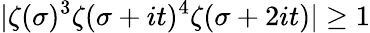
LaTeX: |\zeta(\sigma)^{3}\zeta(\sigma+it)^{4}\zeta(\sigma+2it)|\geq 1